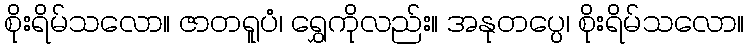
စိုးရိမ်သလော။ ဇာတရူပံ၊ ရွှေကိုလည်း။ အနုတပ္ပေ၊ စိုးရိမ်သလော။